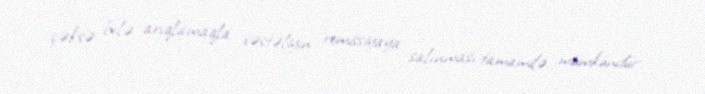
çəksə belə arıqlamaqla xəstəliyin remissiyaya salınması tamamilə mümkündür', -